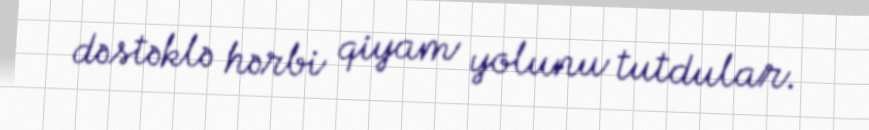
dəstəklə hərbi qiyam yolunu tutdular.